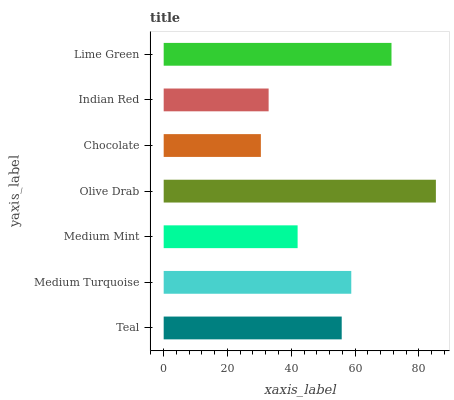
| yaxis_label | bars |
 | --- | --- |
 | Teal | 55.8 |
 | Medium Turquoise | 58.8 |
 | Medium Mint | 42 |
 | Olive Drab | 85.4 |
 | Chocolate | 30.5 |
 | Indian Red | 32.9 |
 | Lime Green | 71.4 |